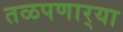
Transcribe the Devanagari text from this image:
तळपणार्‍या